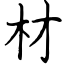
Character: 材